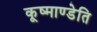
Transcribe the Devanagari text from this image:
कूष्माण्डेति